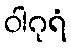
ဝါဂုရံ